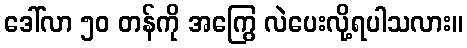
ဒေါ်လာ ၅၀ တန်ကို အကြွေ လဲပေးလို့ရပါသလား။